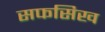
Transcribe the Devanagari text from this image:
सफसिख